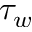
\tau _ { w }